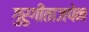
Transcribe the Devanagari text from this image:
गुरुगीताजपेन